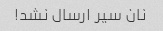
نان سیر ارسال نشد!